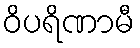
ဝိပရိဏာမီ